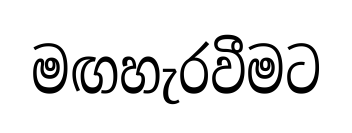
මඟහැරවීමට